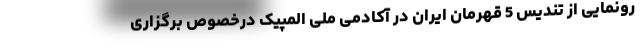
رونمایی از تندیس 5 قهرمان ایران در آکادمی ملی المپیک درخصوص برگزاری